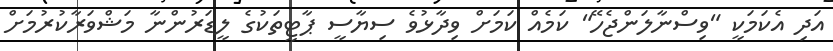
އަދި އެކަމަކީ "ވިސްނާލަންޖެހޭ" ކަމެއް ކަމަށް ވިދާޅުވެ ސިޔާސީ ޕާޓީތަކުގެ ލީޑަރުންނާ މަޝްވަރާކުރުމަށް